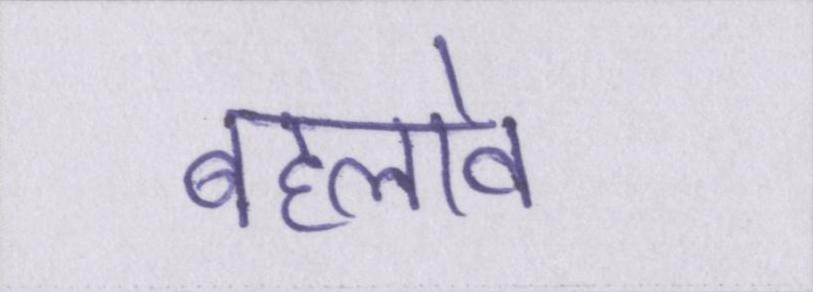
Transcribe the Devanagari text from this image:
बहलावे